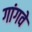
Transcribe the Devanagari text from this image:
गांगवे